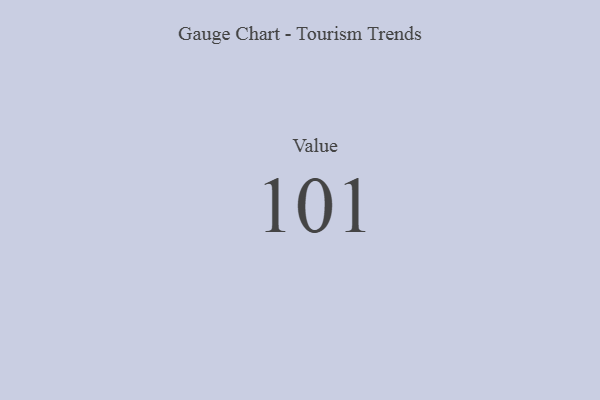
{"axis": {"x": "Metric", "y": "Value"}, "legend": [""], "data": [{"x": "Value", "y": 101, "type": ""}]}